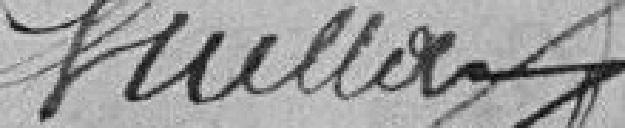
Quellain